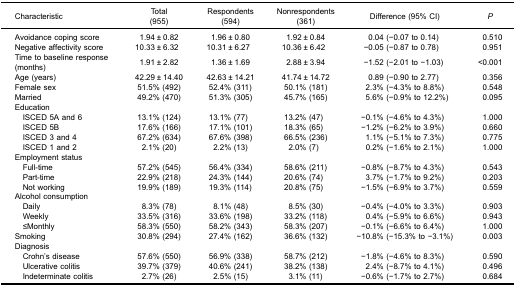
<table><thead><tr><td><b>Characteristic</b></td><td><b>Total(955)</b></td><td><b>Respondents(594)</b></td><td><b>Nonrespondents(361)</b></td><td><b>Difference (95% CI)</b></td><td><b><i>P</i></b></td></tr></thead><tbody><tr><td>Avoidance coping score</td><td>1.94 ± 0.82</td><td>1.96 ± 0.80</td><td>1.92 ± 0.84</td><td>0.04 (−0.07 to 0.14)</td><td>0.510</td></tr><tr><td>Negative affectivity score</td><td>10.33 ± 6.32</td><td>10.31 ± 6.27</td><td>10.36 ± 6.42</td><td>−0.05 (−0.87 to 0.78)</td><td>0.951</td></tr><tr><td>Time to baseline response(months)</td><td>1.91 ± 2.82</td><td>1.36 ± 1.69</td><td>2.88 ± 3.94</td><td>−1.52 (−2.01 to −1.03)</td><td>&lt;0.001</td></tr><tr><td>Age (years)</td><td>42.29 ± 14.40</td><td>42.63 ± 14.21</td><td>41.74 ± 14.72</td><td>0.89 (−0.90 to 2.77)</td><td>0.356</td></tr><tr><td>Female sex</td><td>51.5% (492)</td><td>52.4% (311)</td><td>50.1% (181)</td><td>2.3% (−4.3% to 8.8%)</td><td>0.548</td></tr><tr><td>Married</td><td>49.2% (470)</td><td>51.3% (305)</td><td>45.7% (165)</td><td>5.6% (−0.9% to 12.2%)</td><td>0.095</td></tr><tr><td>Education</td><td> </td><td> </td><td> </td><td> </td><td> </td></tr><tr><td> ISCED 5A and 6</td><td>13.1% (124)</td><td>13.1% (77)</td><td>13.2% (47)</td><td>−0.1% (−4.6% to 4.3%)</td><td>1.000</td></tr><tr><td> ISCED 5B</td><td>17.6% (166)</td><td>17.1% (101)</td><td>18.3% (65)</td><td>−1.2% (−6.2% to 3.9%)</td><td>0.660</td></tr><tr><td> ISCED 3 and 4</td><td>67.2% (634)</td><td>67.6% (398)</td><td>66.5% (236)</td><td>1.1% (−5.1% to 7.3%)</td><td>0.775</td></tr><tr><td> ISCED 1 and 2</td><td>2.1% (20)</td><td>2.2% (13)</td><td>2.0% (7)</td><td>0.2% (−1.6% to 2.1%)</td><td>1.000</td></tr><tr><td>Employment status</td><td> </td><td> </td><td> </td><td> </td><td> </td></tr><tr><td> Full-time</td><td>57.2% (545)</td><td>56.4% (334)</td><td>58.6% (211)</td><td>−0.8% (−8.7% to 4.3%)</td><td>0.543</td></tr><tr><td> Part-time</td><td>22.9% (218)</td><td>24.3% (144)</td><td>20.6% (74)</td><td>3.7% (−1.7% to 9.2%)</td><td>0.203</td></tr><tr><td> Not working</td><td>19.9% (189)</td><td>19.3% (114)</td><td>20.8% (75)</td><td>−1.5% (−6.9% to 3.7%)</td><td>0.559</td></tr><tr><td>Alcohol consumption</td><td> </td><td> </td><td> </td><td> </td><td> </td></tr><tr><td> Daily</td><td>8.3% (78)</td><td>8.1% (48)</td><td>8.5% (30)</td><td>−0.4% (−4.0% to 3.3%)</td><td>0.903</td></tr><tr><td> Weekly</td><td>33.5% (316)</td><td>33.6% (198)</td><td>33.2% (118)</td><td>0.4% (−5.9% to 6.6%)</td><td>0.943</td></tr><tr><td> ≤Monthly</td><td>58.3% (550)</td><td>58.2% (343)</td><td>58.3% (207)</td><td>−0.1% (−6.6% to 6.4%)</td><td>1.000</td></tr><tr><td>Smoking</td><td>30.8% (294)</td><td>27.4% (162)</td><td>36.6% (132)</td><td>−10.8% (−15.3% to −3.1%)</td><td>0.003</td></tr><tr><td>Diagnosis</td><td> </td><td> </td><td> </td><td> </td><td> </td></tr><tr><td> Crohn’s disease</td><td>57.6% (550)</td><td>56.9% (338)</td><td>58.7% (212)</td><td>−1.8% (−4.6% to 8.3%)</td><td>0.590</td></tr><tr><td> Ulcerative colitis</td><td>39.7% (379)</td><td>40.6% (241)</td><td>38.2% (138)</td><td>2.4% (−8.7% to 4.1%)</td><td>0.496</td></tr><tr><td> Indeterminate colitis</td><td>2.7% (26)</td><td>2.5% (15)</td><td>3.1% (11)</td><td>−0.6% (−1.7% to 2.7%)</td><td>0.684</td></tr></tbody></table>